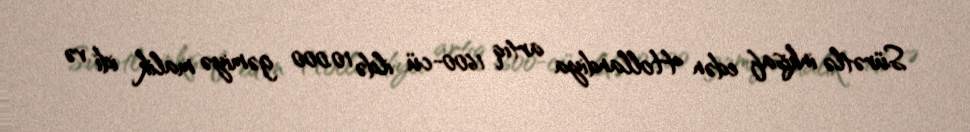
Sürətlə inkişaf edən Hollandiya artıq 1600-cü ildə 10.000 gəmiyə malik idi və